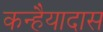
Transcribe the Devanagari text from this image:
कन्हैयादास